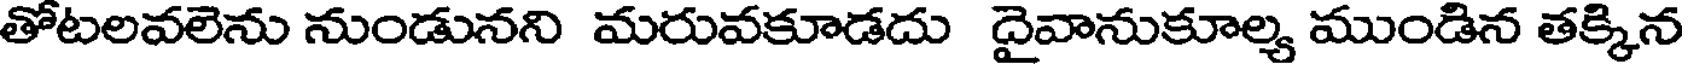
తోటలవలెను నుండునని మరువకూడదు దైవానుకూల్య ముండిన తక్కిన